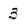
Character: 3